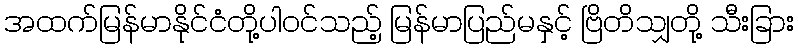
အထက်မြန်မာနိုင်ငံတို့ပါဝင်သည့် မြန်မာပြည်မနှင့် ဗြိတိသျှတို့ သီးခြား